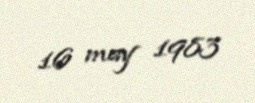
16 may 1983